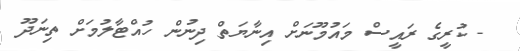
- ކުރީގެ ރައީސް މައުމޫނަށް އިނާޔަތް ދިނުން ހުއްޓާލުމަށް ތިނަދޫ